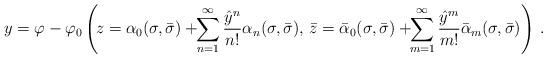
LaTeX: \begin{align*}y=\varphi-\varphi_0\left(\!z=\alpha_0(\sigma,\bar{\sigma})+\!\!\sum^{\infty}_{n=1}\frac{{\hat{y}}^n}{n!}\alpha_n(\sigma,\bar{\sigma}),\,\bar{z}=\bar{\alpha}_0(\sigma,\bar{\sigma})+\!\!\sum^{\infty}_{m=1}\frac{{\hat{y}}^m}{m!}\bar{\alpha}_m(\sigma,\bar{\sigma})\right)\,.\end{align*}